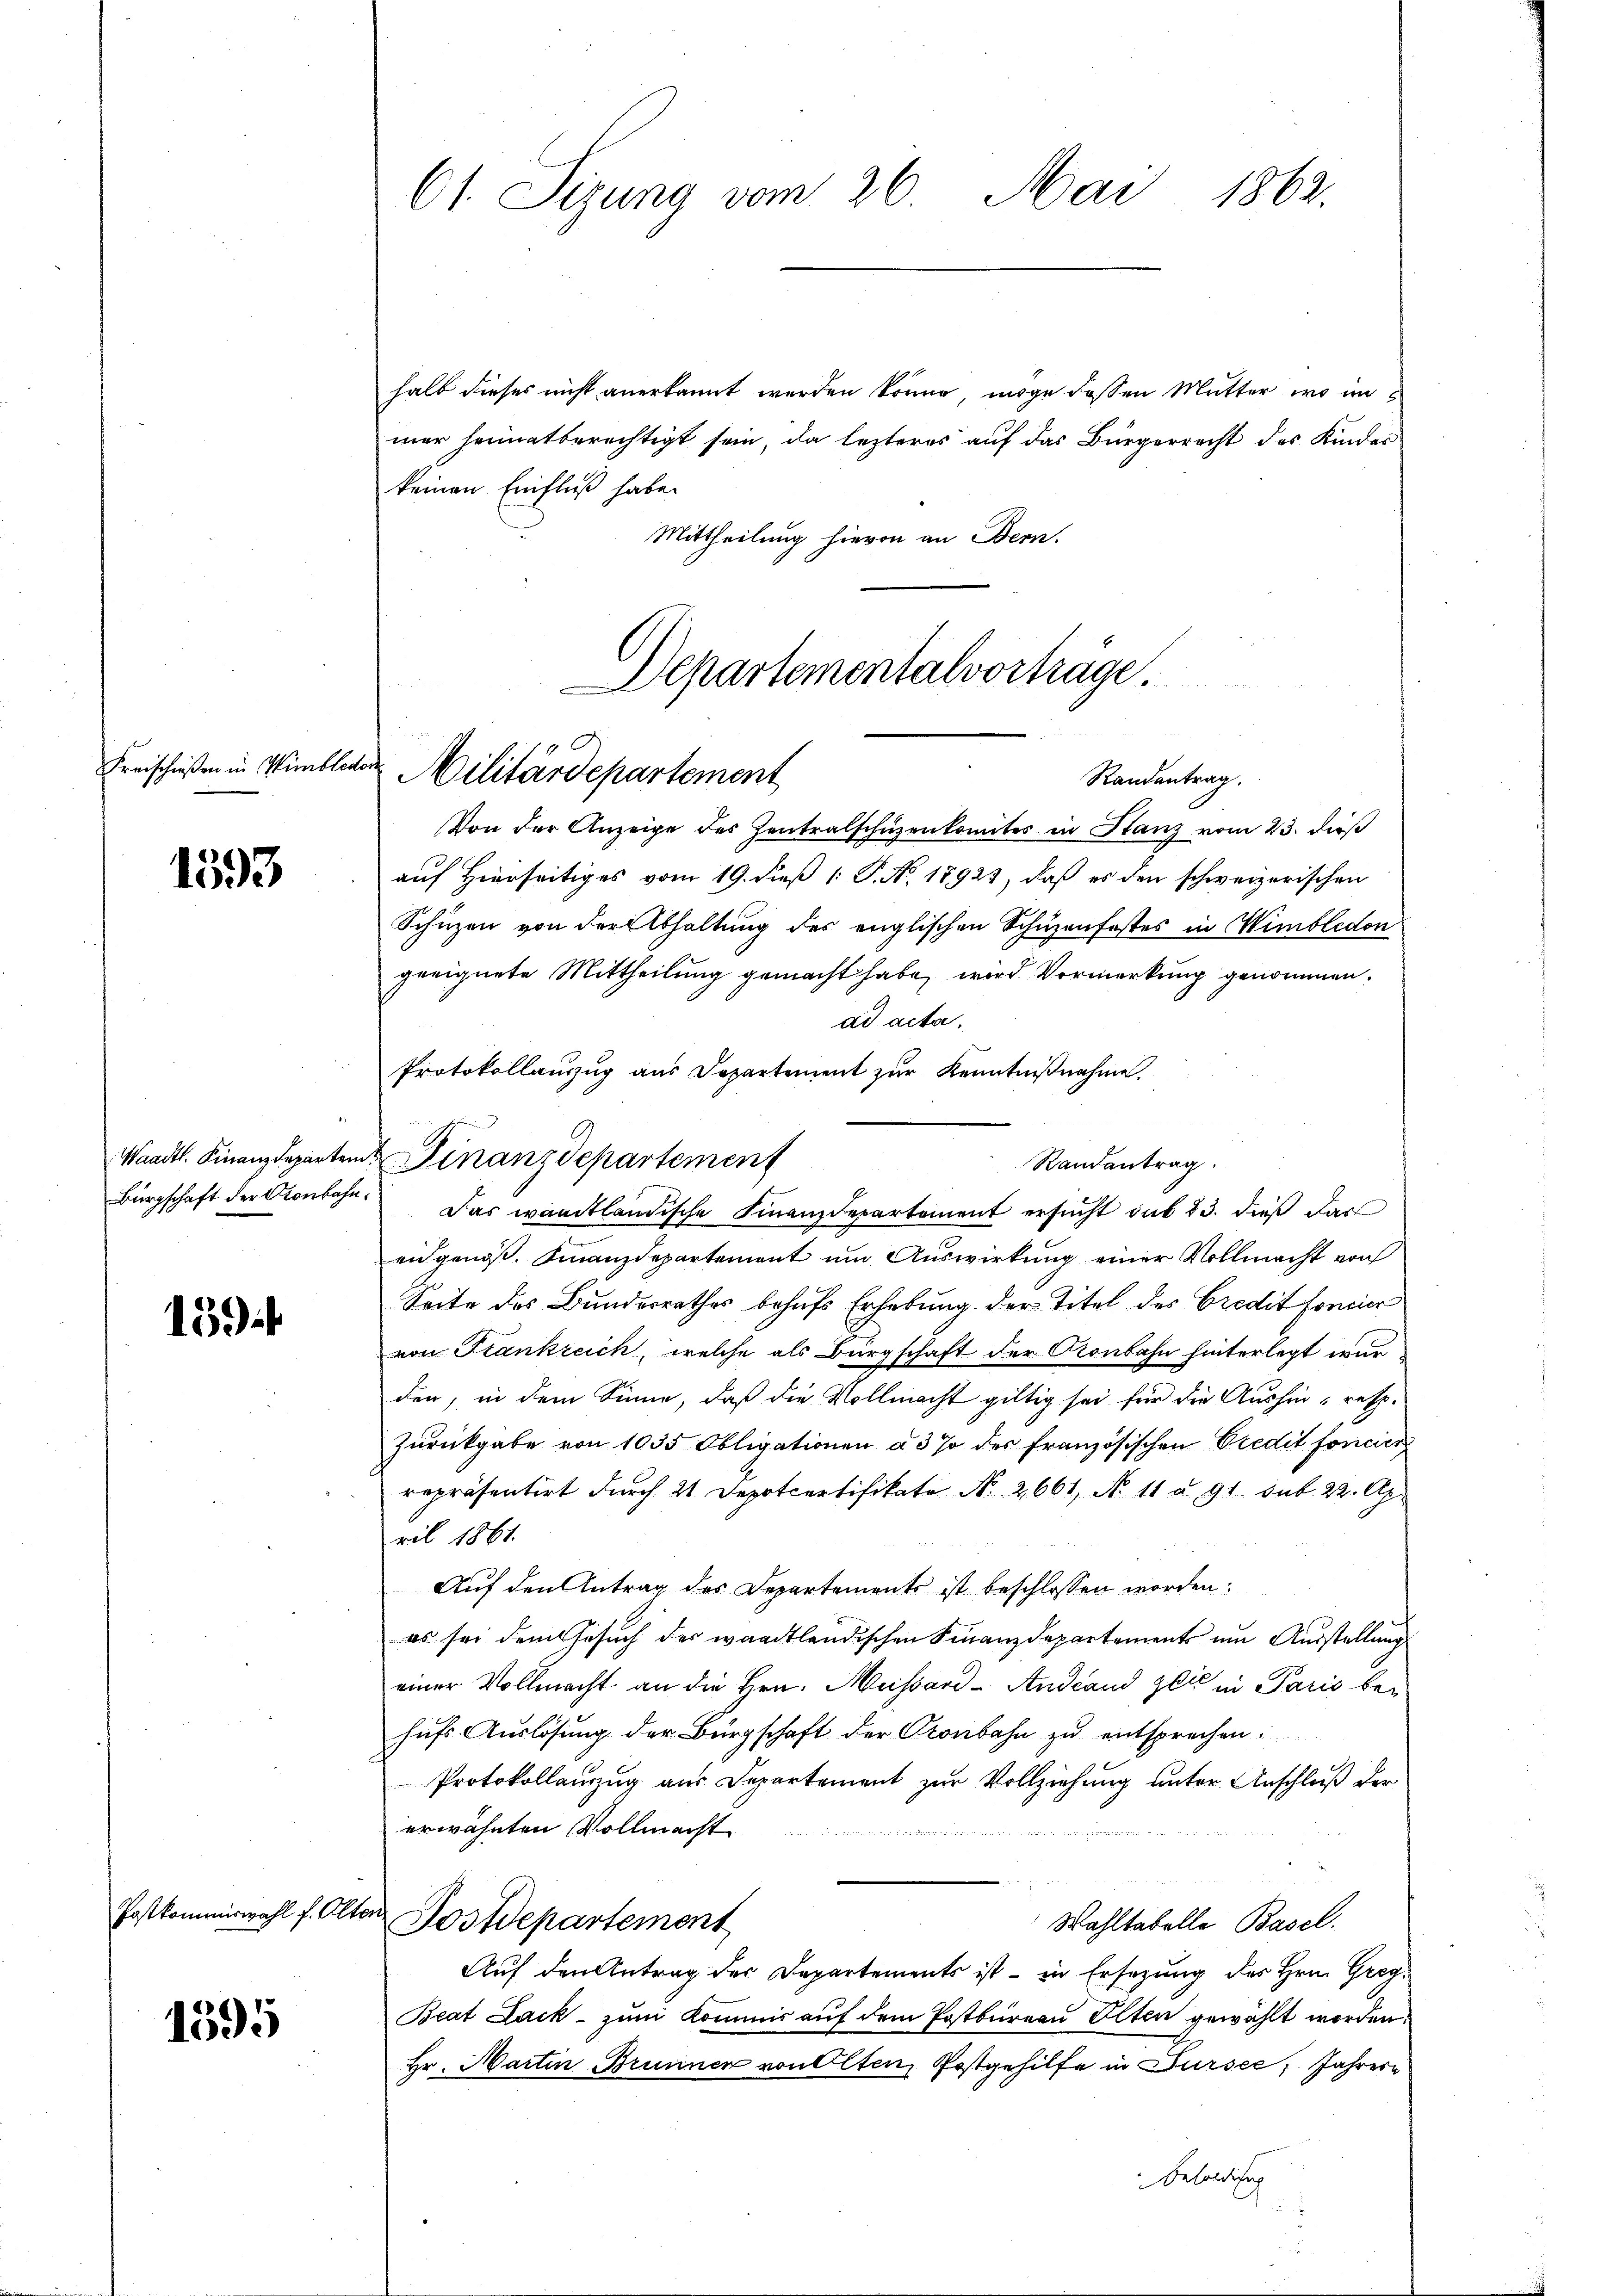
Freischießen in Wimbledo

1593

Waadt. Finanzdepartem
Bürgschaft der Otonbahn.

15

Postkommiswahl f. Alt

1595

61. Sizung vom 26. Mai 1862.

halb dieses nicht anerkannt werden könne, möge dessen Mutter, wo im
mer heimatberechtigt sein, da lezteres auf das Bürgerrecht des Kinder
keinen Einfluß habe.
Mittheilung hievon an Bern.

f
Militärdepartement
Randantrag.

Von der Anzeige des Zentralschüzenkomites in Stanz vom 23. dieß
auf Hierseitiges vom 19. dieß 1 P. No. 18923, daß es den schweizerischen
Schüzen von der Abhaltung des englischen Schuzenfostes in Wimbledon
geeignete Mittheilung gemacht habe, wird Vormerkung genommen.
ad acta,
Protokollauszug aus Departement zur Kenntnißnahme.
Randantrag.
Das waadtländische Finanzdepartement ersucht sub 23. dieß das
eidgenoß. Finanzdepartement um Auswirkung einer Vollmacht von
Seite des Bundesrathes behufs Erhebung der Titel des Credit foncier
von Frankreich, welche als Bürgschaft der Kronbahn hinterlegt wur
den, in dem Sinne, daß die Vollmacht giltig sei für die Aushin - resp.
Zurückgabe von 1035 Obligationen à 3 % der französischen Credit foncier
repräsentirt durch 21 Depotcertifikato No. 2661, N. 11 u. 91. sub. 22. Apr
ril 1861.
Auf den Antrag des Departements ist beschlossen worden:
es sei dem Gesuch der waadtländischen Finanzdepartements um Ausstellung
einer Vollmacht an die Hrn. Mussard-Andland gli in Paris behufs Auslösung der Bürgschaft der Pronbahn zu entsprechen:
Protokollenzug aus Departement zur Vollziehung unter Anschluß der
erwähnten Vollmacht

t
Wahltabelle Basel.
Postdepartement
Auf den Antrag der Departements ist – in Ersetzung des Hrn. Greg
Beat Lack - zum Kommis auf dem Postbureau Alten gewählt worden.
Hr. Martin Brunner von Olten, Postgehilfe in Sursee, Jahrere
Besoldigung
2

Finanzdepartement

Departementalvorträge.